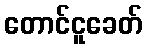
တောင်ငူခေတ်